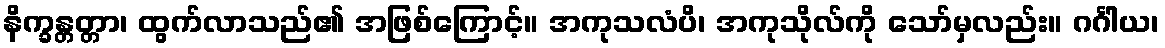
နိက္ခန္တတ္တာ၊ ထွက်လာသည်၏ အဖြစ်ကြောင့်။ အကုသလံပိ၊ အကုသိုလ်ကို သော်မှလည်း။ ဂင်္ဂါယ၊